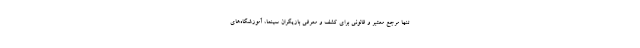
تنها مرجع معتبر و قانونی برای کشف و معرفی بازیگران سینما، آموزشگاه‌های